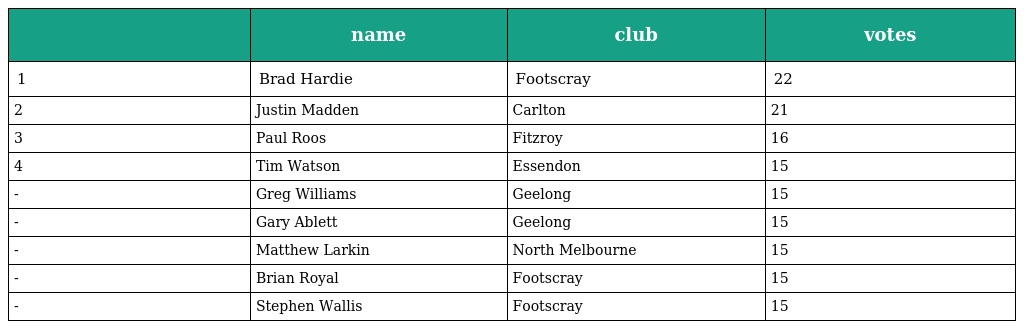
|  | name | club | votes |
 | --- | --- | --- | --- |
 | 1 | Brad Hardie | Footscray | 22 |
 | 2 | Justin Madden | Carlton | 21 |
 | 3 | Paul Roos | Fitzroy | 16 |
 | 4 | Tim Watson | Essendon | 15 |
 | - | Greg Williams | Geelong | 15 |
 | - | Gary Ablett | Geelong | 15 |
 | - | Matthew Larkin | North Melbourne | 15 |
 | - | Brian Royal | Footscray | 15 |
 | - | Stephen Wallis | Footscray | 15 |